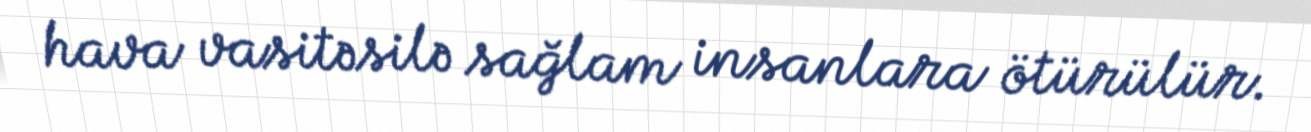
hava vasitəsilə sağlam insanlara ötürülür.